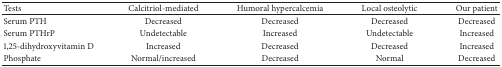
<table><thead><tr><td><b>Tests</b></td><td><b>Calcitriol-mediated</b></td><td><b>Humoral hypercalcemia</b></td><td><b>Local osteolytic</b></td><td><b>Our patient</b></td></tr></thead><tbody><tr><td>Serum PTH</td><td>Decreased</td><td>Decreased</td><td>Decreased</td><td>Decreased</td></tr><tr><td>Serum PTHrP</td><td>Undetectable</td><td>Increased</td><td>Undetectable</td><td>Increased</td></tr><tr><td>1,25-dihydroxyvitamin D</td><td>Increased</td><td>Decreased</td><td>Decreased</td><td>Increased</td></tr><tr><td>Phosphate</td><td>Normal/increased</td><td>Decreased</td><td>Normal</td><td>Decreased</td></tr></tbody></table>